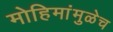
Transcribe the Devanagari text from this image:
मोहिमांमुळेच